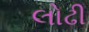
લોઢી